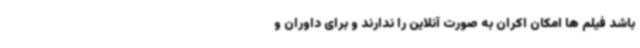
باشد فیلم ها امکان اکران به صورت آنلاین را ندارند و برای داوران و